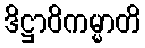
ဒိဋ္ဌာဝိကမ္မာတိ